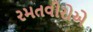
રમતવીરોએ